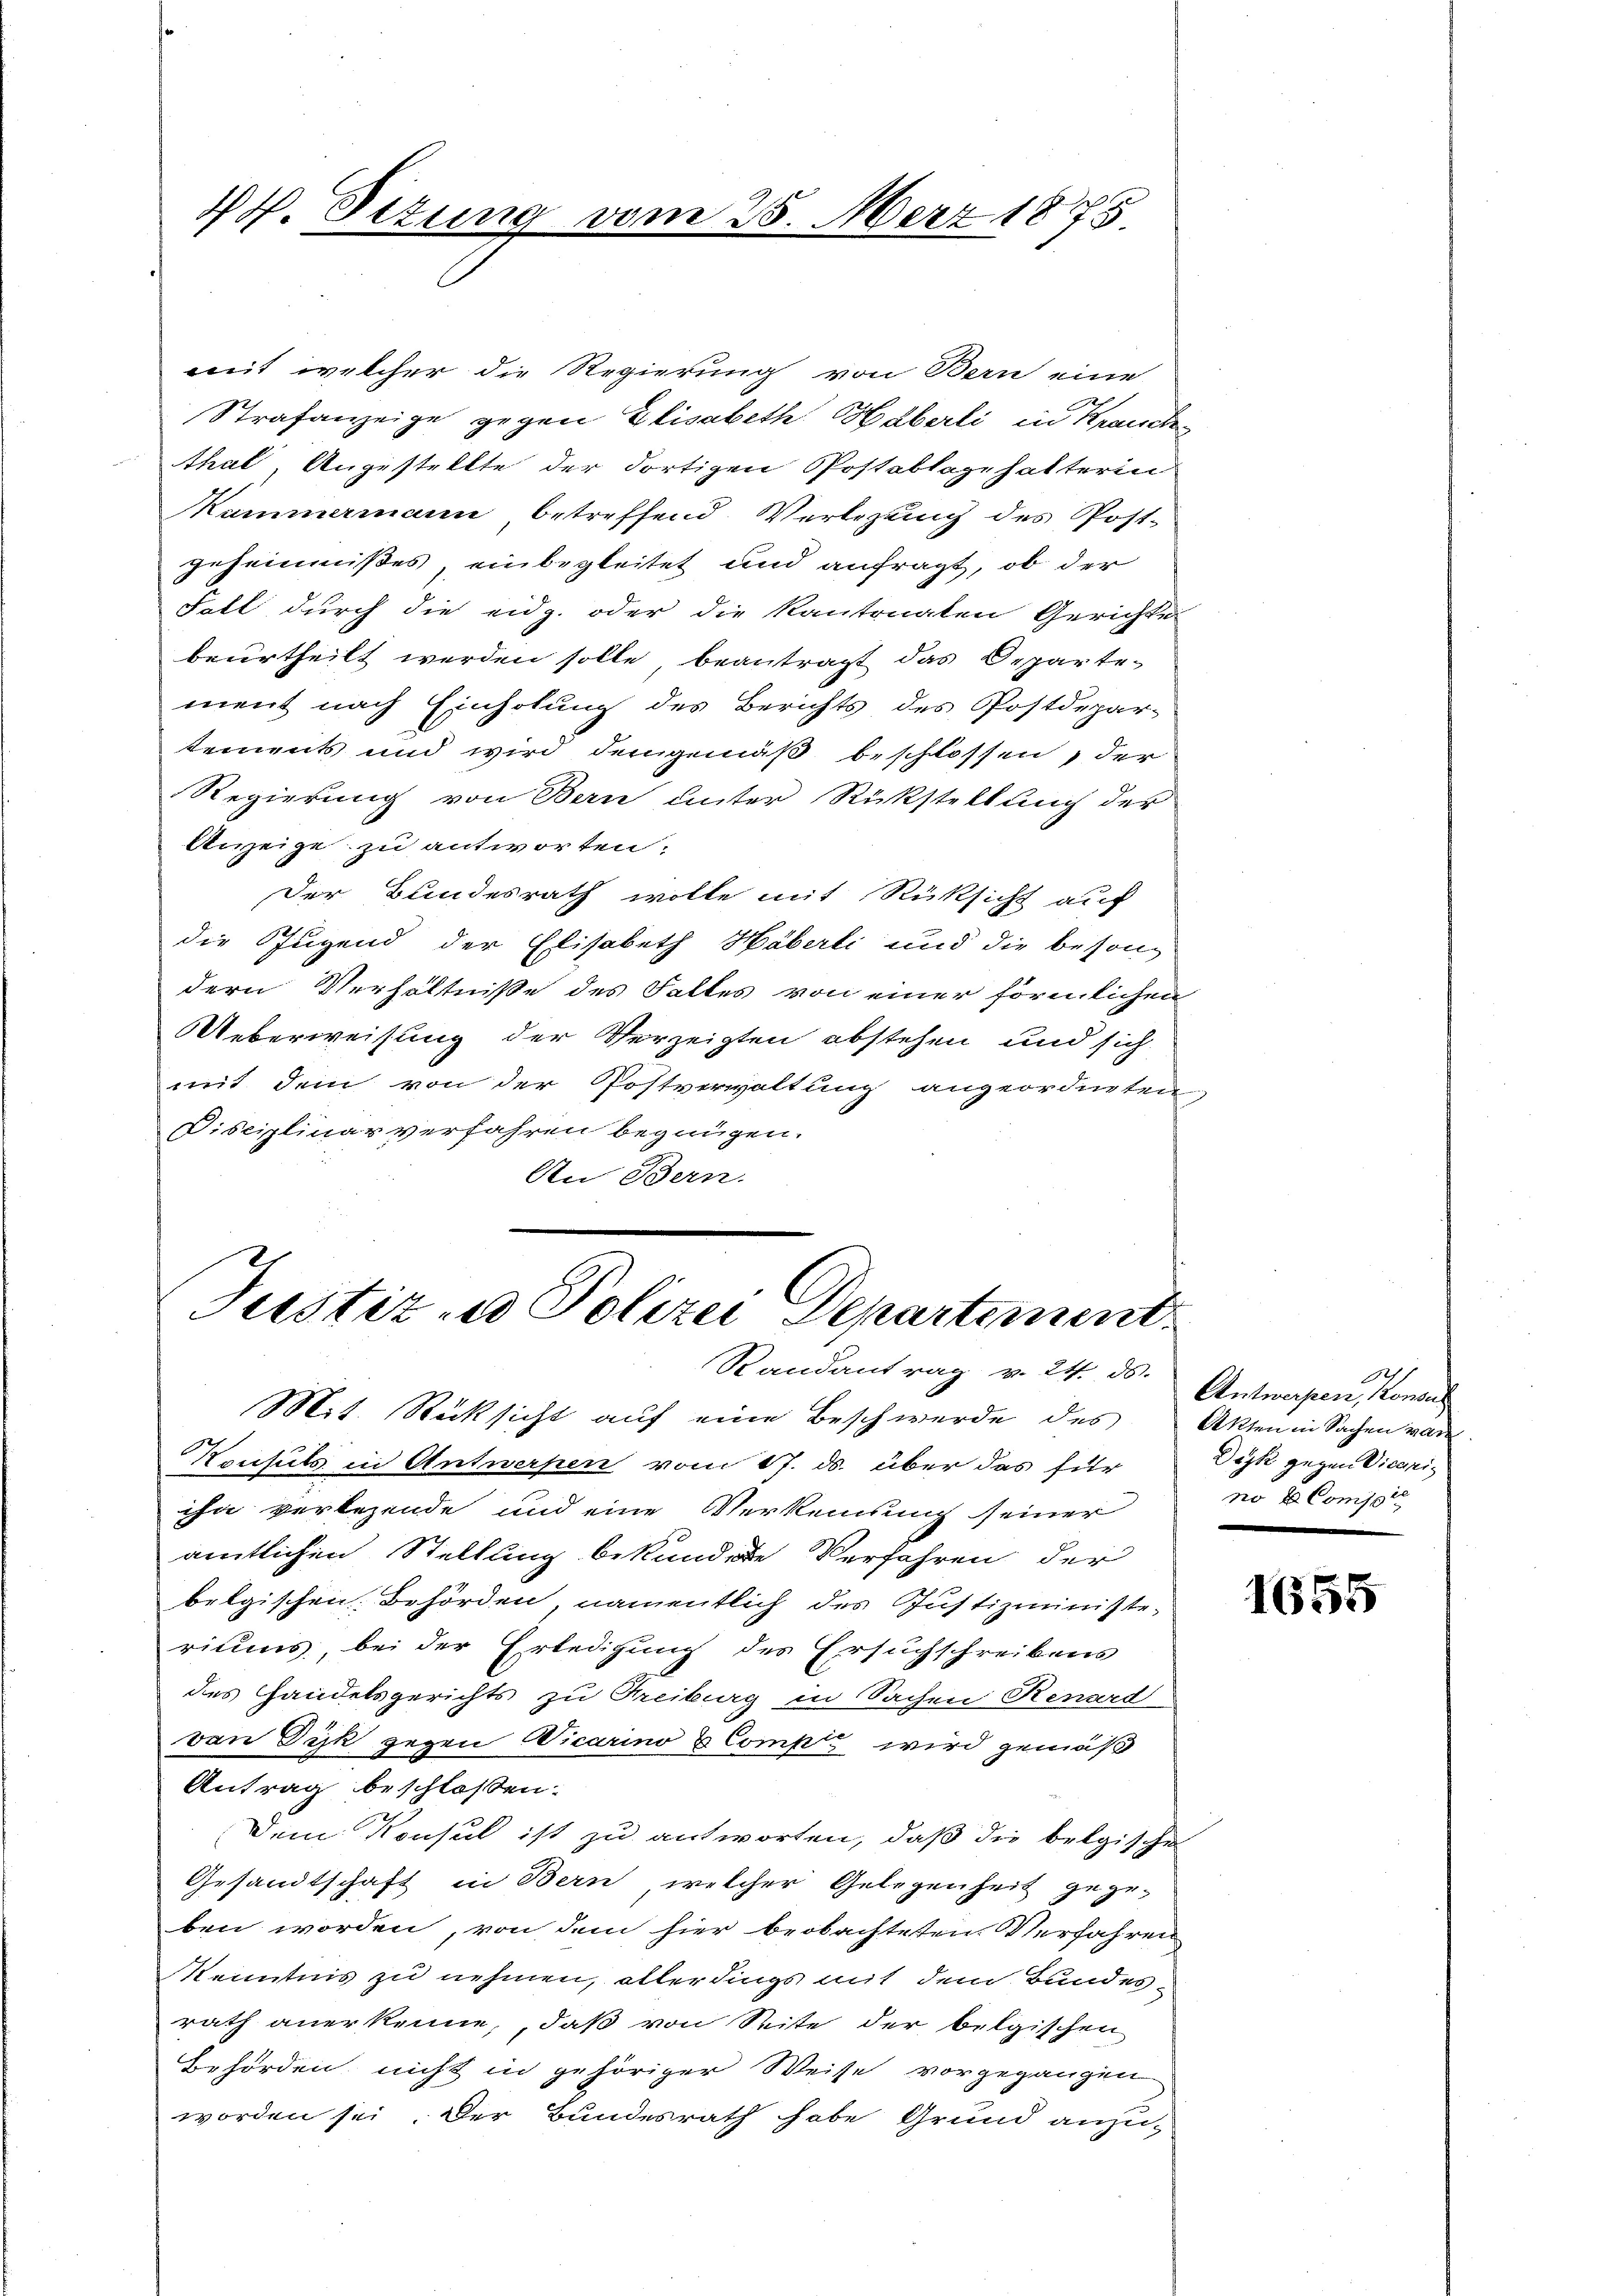
d. Situng vom 25. März 1875.

mit welcher die Regierung von Bern eine
Strafanzeige gegen Elisabeth Häberli in Kranck
thal, Angestellte der dortigen Postablagehalterin
Kammermann betreffend Verlegung des Post-
gehemmnißes, einbegleitet und anfragt, ob der
Fall durch die eidg. oder die Kantonalen Gerichte
beurtheilt werden solle beantragt das Departe
ment nach Einholung des Berichts des Postdepar-
tements und wird demgemäß beschlossen, der
Regierung von Bern unter Rückstellung der
Anzeige zu antworten.
Der Bundesrath wolle mit Rüksicht auf
die Jugend der Elisabeth Häberli und die beson-
dern Verhältniße des Falles von einer förmlichen
Ueberweisung der Verzeigten abstehen und sich
mit dem von der Postverwaltung angeordneten
Disciplinar verfahren begnügen.
An Bern.

Justiz - Polizei Departement.
Randantrag v. 24. ds.

Mit Rücksicht auf eine Beschwerde des Akten in Sachen vor
Konsuls in Antwerpen vom 17. ds. über das für
ihn verlegende und eine Verkennung seiner
amtlichen Stellung bekundete Verfahren der
belgischen Behörden, namentlich des Justizministe-
riums, bei der Erledigung des Ersuchschreibens
des Handelsgerichts zu Freiburg in Sachen Renard
von Dik gegen Vicarino & Compt wird gemäß
Antrag beschlossen:
Dem Konsul ist zu antworten, daß die belgische
Gesandtschaft in Bern, welcher Gelegenheit gegeben worden, von dem hier beobachteten Verfahren
Kenntnis zu nehmen, allerdings mit dem Bundesrath anerkenne, daß von Seite der belgischen
Behörden nicht in gehöriger Weise vorgegangen.
worden sei. Der Bundesrath habe Grund anzu-

A
Antwerpen, konses
Deyk gegen Vicari
no te Comppie

1655